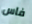
فاس